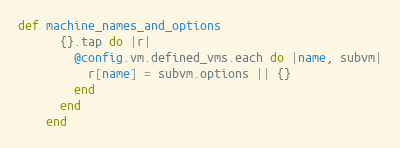
Language: Ruby
def machine_names_and_options
      {}.tap do |r|
        @config.vm.defined_vms.each do |name, subvm|
          r[name] = subvm.options || {}
        end
      end
    end